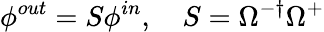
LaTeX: \phi^{out}=S\phi^{in},\quad S=\Omega^{-\dagger}\Omega^{+}